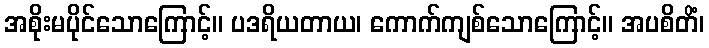
အစိုးမပိုင်သောကြောင့်။ ပဒရိယတာယ၊ ကောက်ကျစ်သောကြောင့်။ အပစိတိံ၊